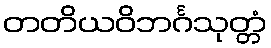
တတိယဝိဘင်္ဂသုတ္တံ